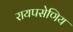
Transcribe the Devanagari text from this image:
रायपसेणिय